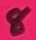
Text: 8